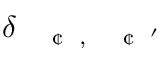
\delta _ { \mathrm { ~ \scriptsize ~ \textit ~ { ~ \textcent ~ } ~ } , \mathrm { ~ \scriptsize ~ \textit ~ { ~ \textcent ~ } ~ } ^ { \prime } }